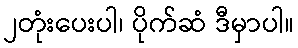
၂တုံးပေးပါ၊ ပိုက်ဆံ ဒီမှာပါ။